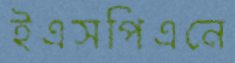
ইএসপিএনে